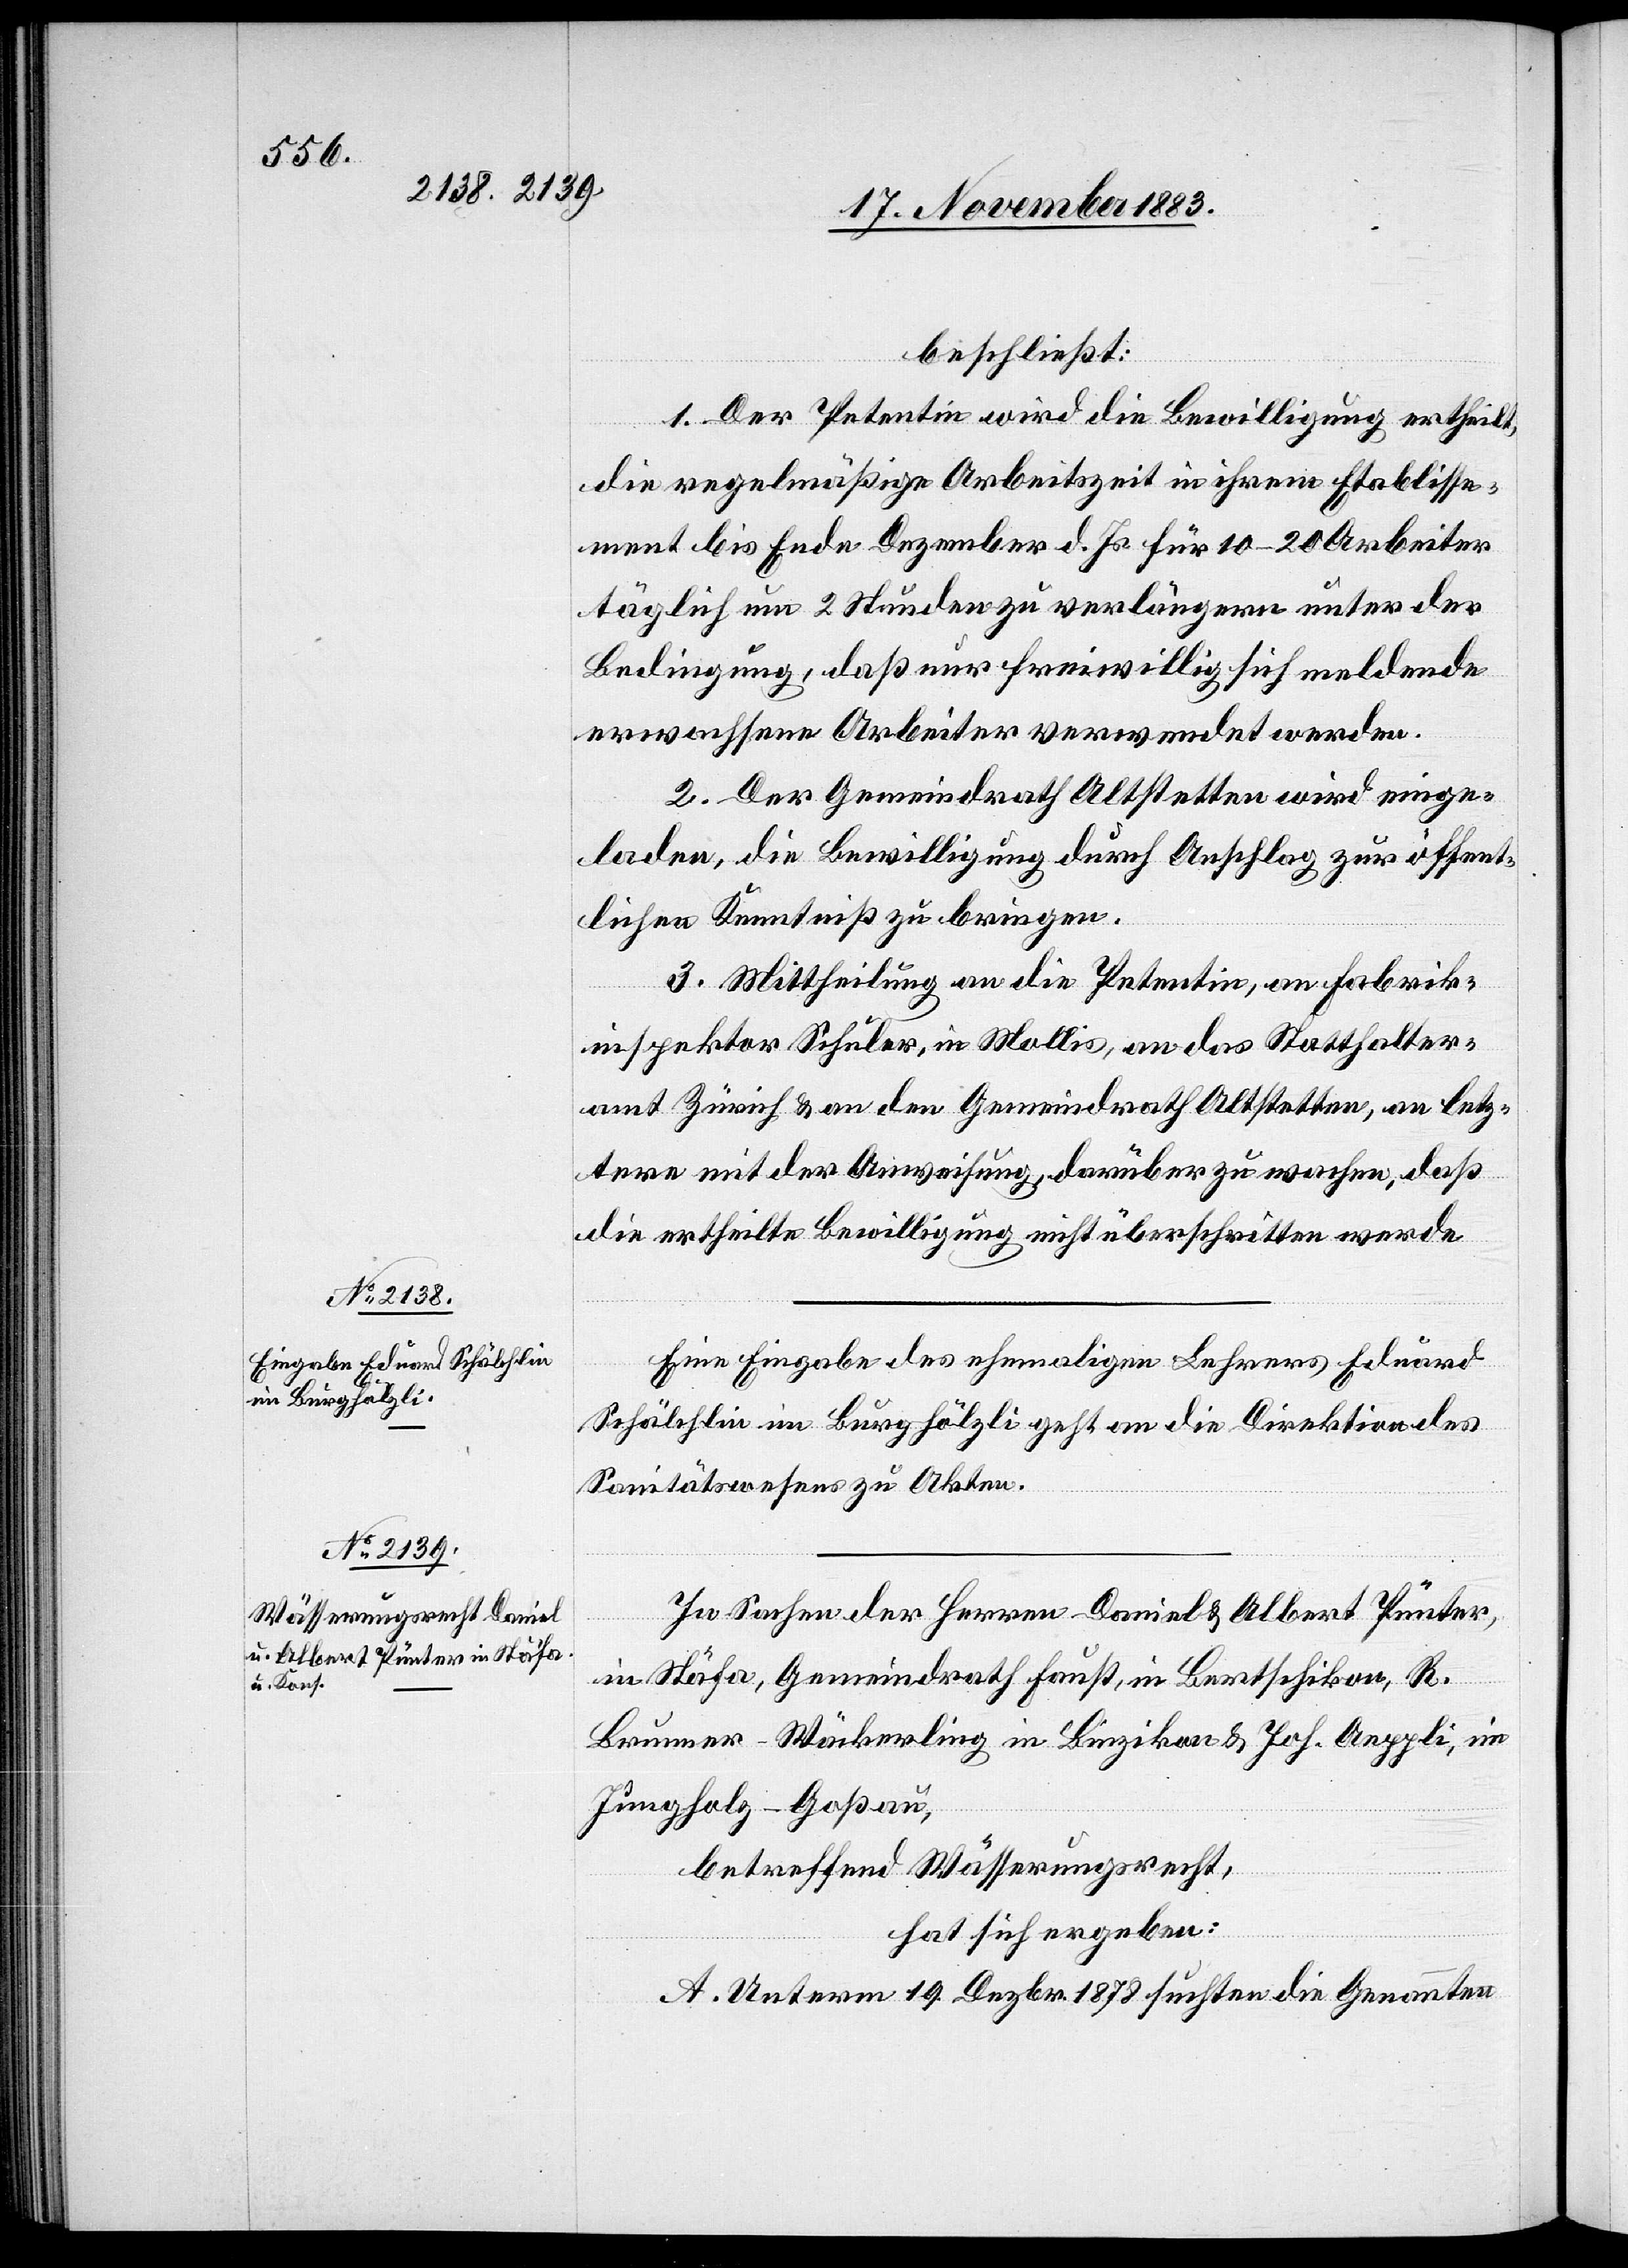
beschließt:
1. Der Petentin wird die Bewilligung ertheilt,
die regelmäßige Arbeitszeit in ihrem Etablisse¬
ment bis Ende Dezember d. Js. für 10–20 Arbeiter
täglich um 2 Stunden zu verlängern unter der
Bedingung, daß nur freiwillig sich meldende
erwachsene Arbeiter verwendet werden.
2. Der Gemeindrath Altstetten wird einge¬
laden, die Bewilligung durch Anschlag zur öffent¬
lichen Kenntniß zu bringen.
3. Mittheilung an die Petentin, an Fabrik¬
inspektor Schuler, in Mollis, an das Statthalter¬
amt Zürich an den Gemeindrath Altstetten, an letz¬
tere mit der Anweisung, darüber zu wachen, daß
die ertheilte Bewilligung nicht überschritten werde.
Eine Eingabe des ehemaligen Lehrers Eduard
Schälchlin im Burghölzli geht an die Direktion des
Sanitätswesens zu Akten.
In Sachen der Herren Daniel & Albert Pünter,
in Stäfa, Gemeindrath Faust, in Bertschikon, R.
Brunner-Wäckerling in Binzikon & Joh. Aeppli, im
Jungholz - Goßau,
betreffend Wässerungsrecht,
hat sich ergeben:
A. Unterm 19. Dezbr. 1878 suchten die Genannten